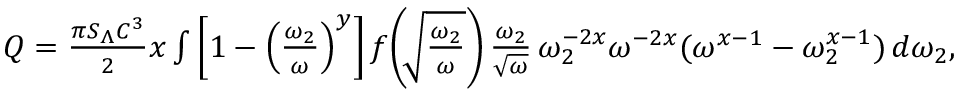
\begin{array} { r } { Q = \frac { \pi S _ { \Lambda } C ^ { 3 } } { 2 } x \int \left[ 1 - \left( \frac { \omega _ { 2 } } { \omega } \right) ^ { y } \right] f \! \left( \! \sqrt { \frac { \omega _ { 2 } } { \omega } } \right) \frac { \omega _ { 2 } } { \sqrt { \omega } } \, \omega _ { 2 } ^ { - 2 x } \omega ^ { - 2 x } ( \omega ^ { x - 1 } - \omega _ { 2 } ^ { x - 1 } ) \, d \omega _ { 2 } , } \end{array}